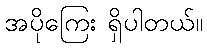
အပိုကြေး ရှိပါတယ်။